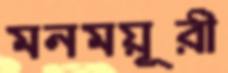
মনময়ূরী